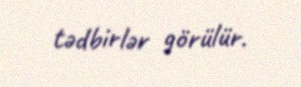
tədbirlər görülür.